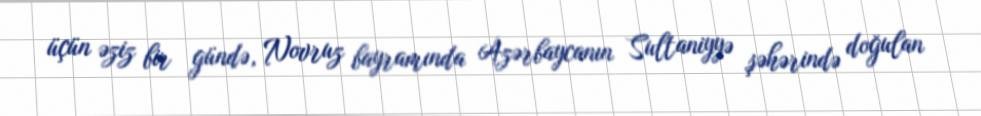
üçün əziz bir gündə, Novruz bayramında Azərbaycanın Sultaniyyə şəhərində doğulan